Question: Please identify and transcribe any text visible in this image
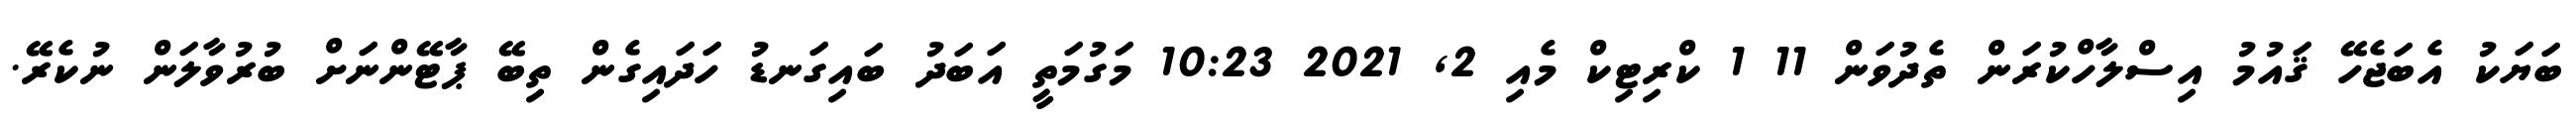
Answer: ބަޔަކު އެބަޖެހޭ ޤައުމު އިސްލާހްކުރަން ތެދުވަން 11 1 ކްރިޓިކް މެއި 2, 2021 10:23 މަގުމަތީ އަބަދު ބައިގަނޑު ހަދައިގެން ތިބޭ ޕާޓޭންނަށް ބުރުވާލަން ނުކެރޭ.